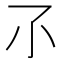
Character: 𡭖